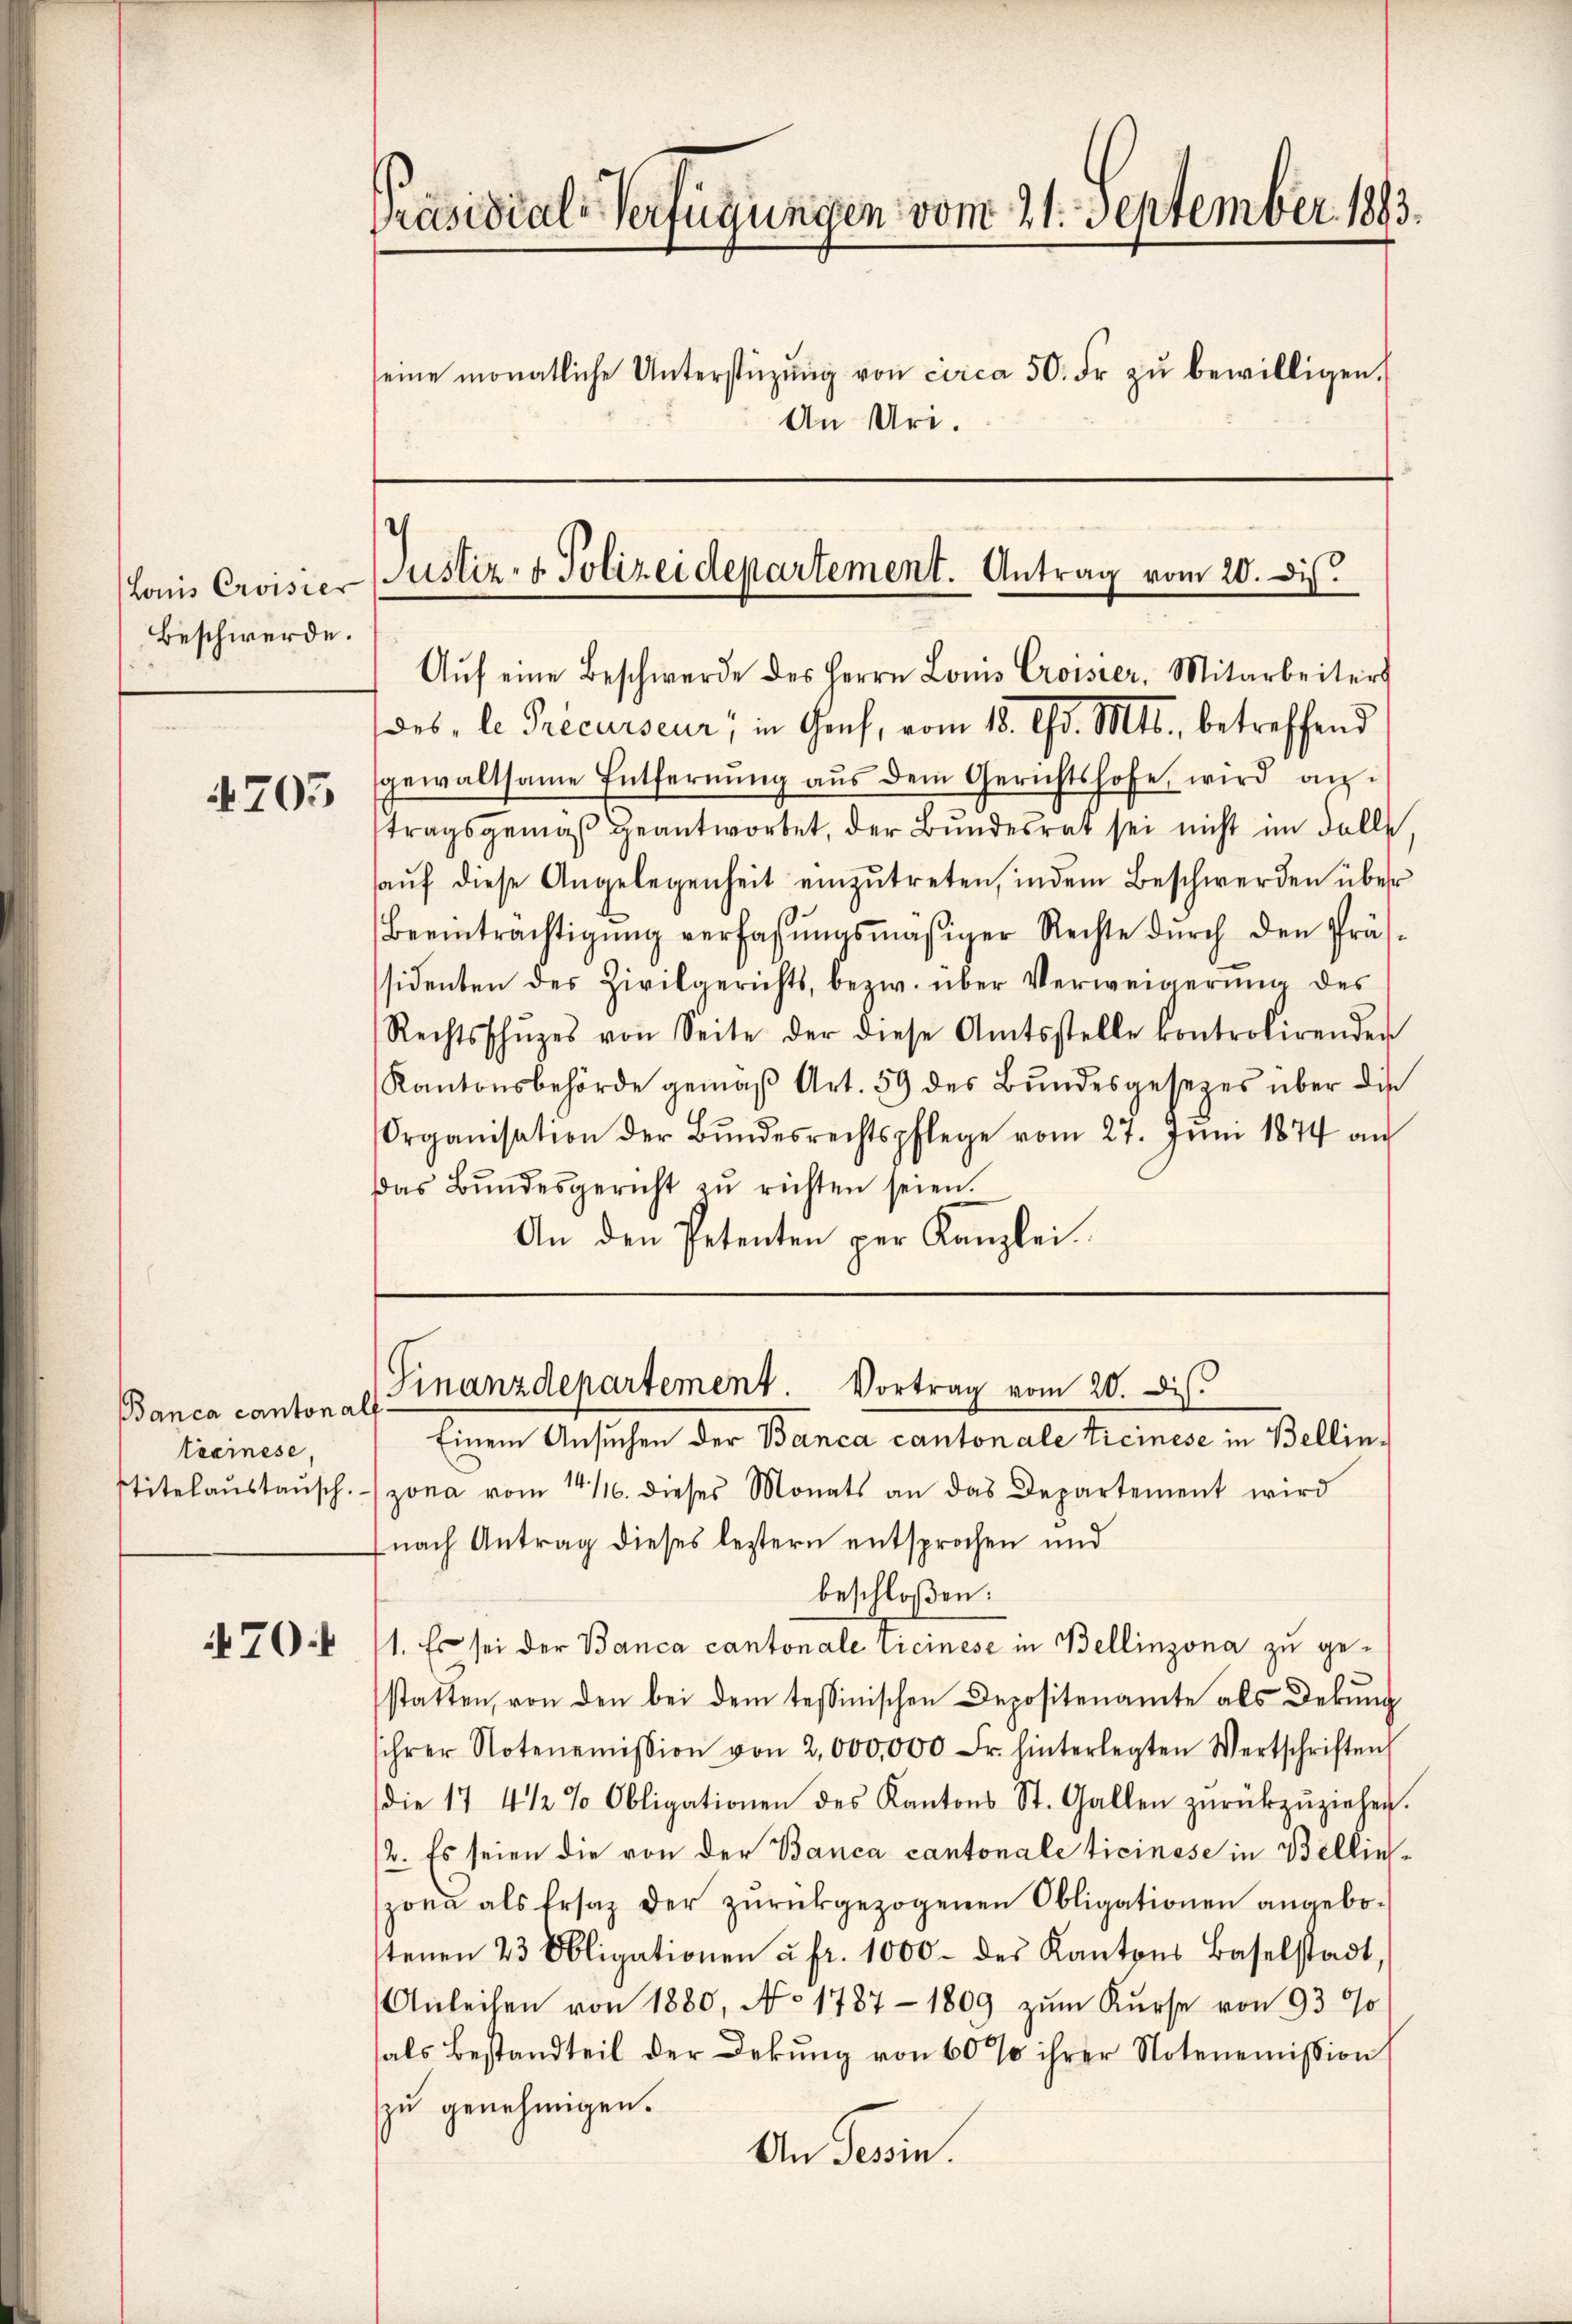
Louis Croisier
Beschwerde.

4705

Banca cantonall
tacinese,
stitelaustausch.

470.

Präsidial-Verfügungen vom 21. September 1893.
seine monatliche Unterstützŭng von circa 50. Fr. zŭ bewilligen.
An Uri.

.
Justiz- & Polizeidepartement. Antrag vom 20. Di
Aŭf eine Beschwerde des Herrn Louis Croisser, Mitarbeiters
des, le Precurseur, in Genf, vom 18. d. Mts., betreffend

sgewaltsame Entfernŭng aŭs dem Gerichtshofe, wird an-
tragsgemäβ geantwortet, der Bundesrat sei nicht im Falle,
haŭf diese Angelegenheit einzŭtreten, indem Beschwerden über
Beeinträchtigŭng verfassŭngsmäsiger Rechte dŭrch den Präs-
ssidenten des Zivilgerichts, bezw. über Verweigerung des
Rechtsschŭzes von Seite der diese Amtsstelle kontrolirenden
Kantonsbehörde gemäβ Art. 59 des Bŭndesgesezes über die
Organisation der Bŭndesrechtspflege vom 27. Juni 1874 an
Das Bŭndesgericht zŭ richten seien.
An den Petenten per Kanzlei.

Finanzdepartement. Vortrag vom 20. Dis
Einem Ansuchen der Banca cantonale Ticinese in Bellin¬

zona vom 14./10. dieses Monats an das Departement wird
(nach Antrag dieses leztern entsprochen und
beschloßen:
1. Es sei der Banca cantonale Vicinese in Bellinzona zu gestatten, von den bei dem tessinischen Depositenamte als Dekung
sihrer Notenemission von 2,000,000 Fr. hinterlegten Wertschriften
(die 17 4 1/2 % Obligationen des Kantons St. Gallen zŭrückzŭziehen.
2. Es seien die von der Banca cantonale Ticinose in Bellinzona als Ersatz der zurückgezogenen Obligationen angebostenen 23 Obligationen à fr. 1000 des Kantons Baselstadt
Anleihen von 1880, No 1787 - 1809 zum Kurse von 9300
als Bestandteil der Dekung von 60% ihrer Notenemission
zu genehmigen.
An Tessin.